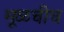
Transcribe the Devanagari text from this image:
मूळचीच